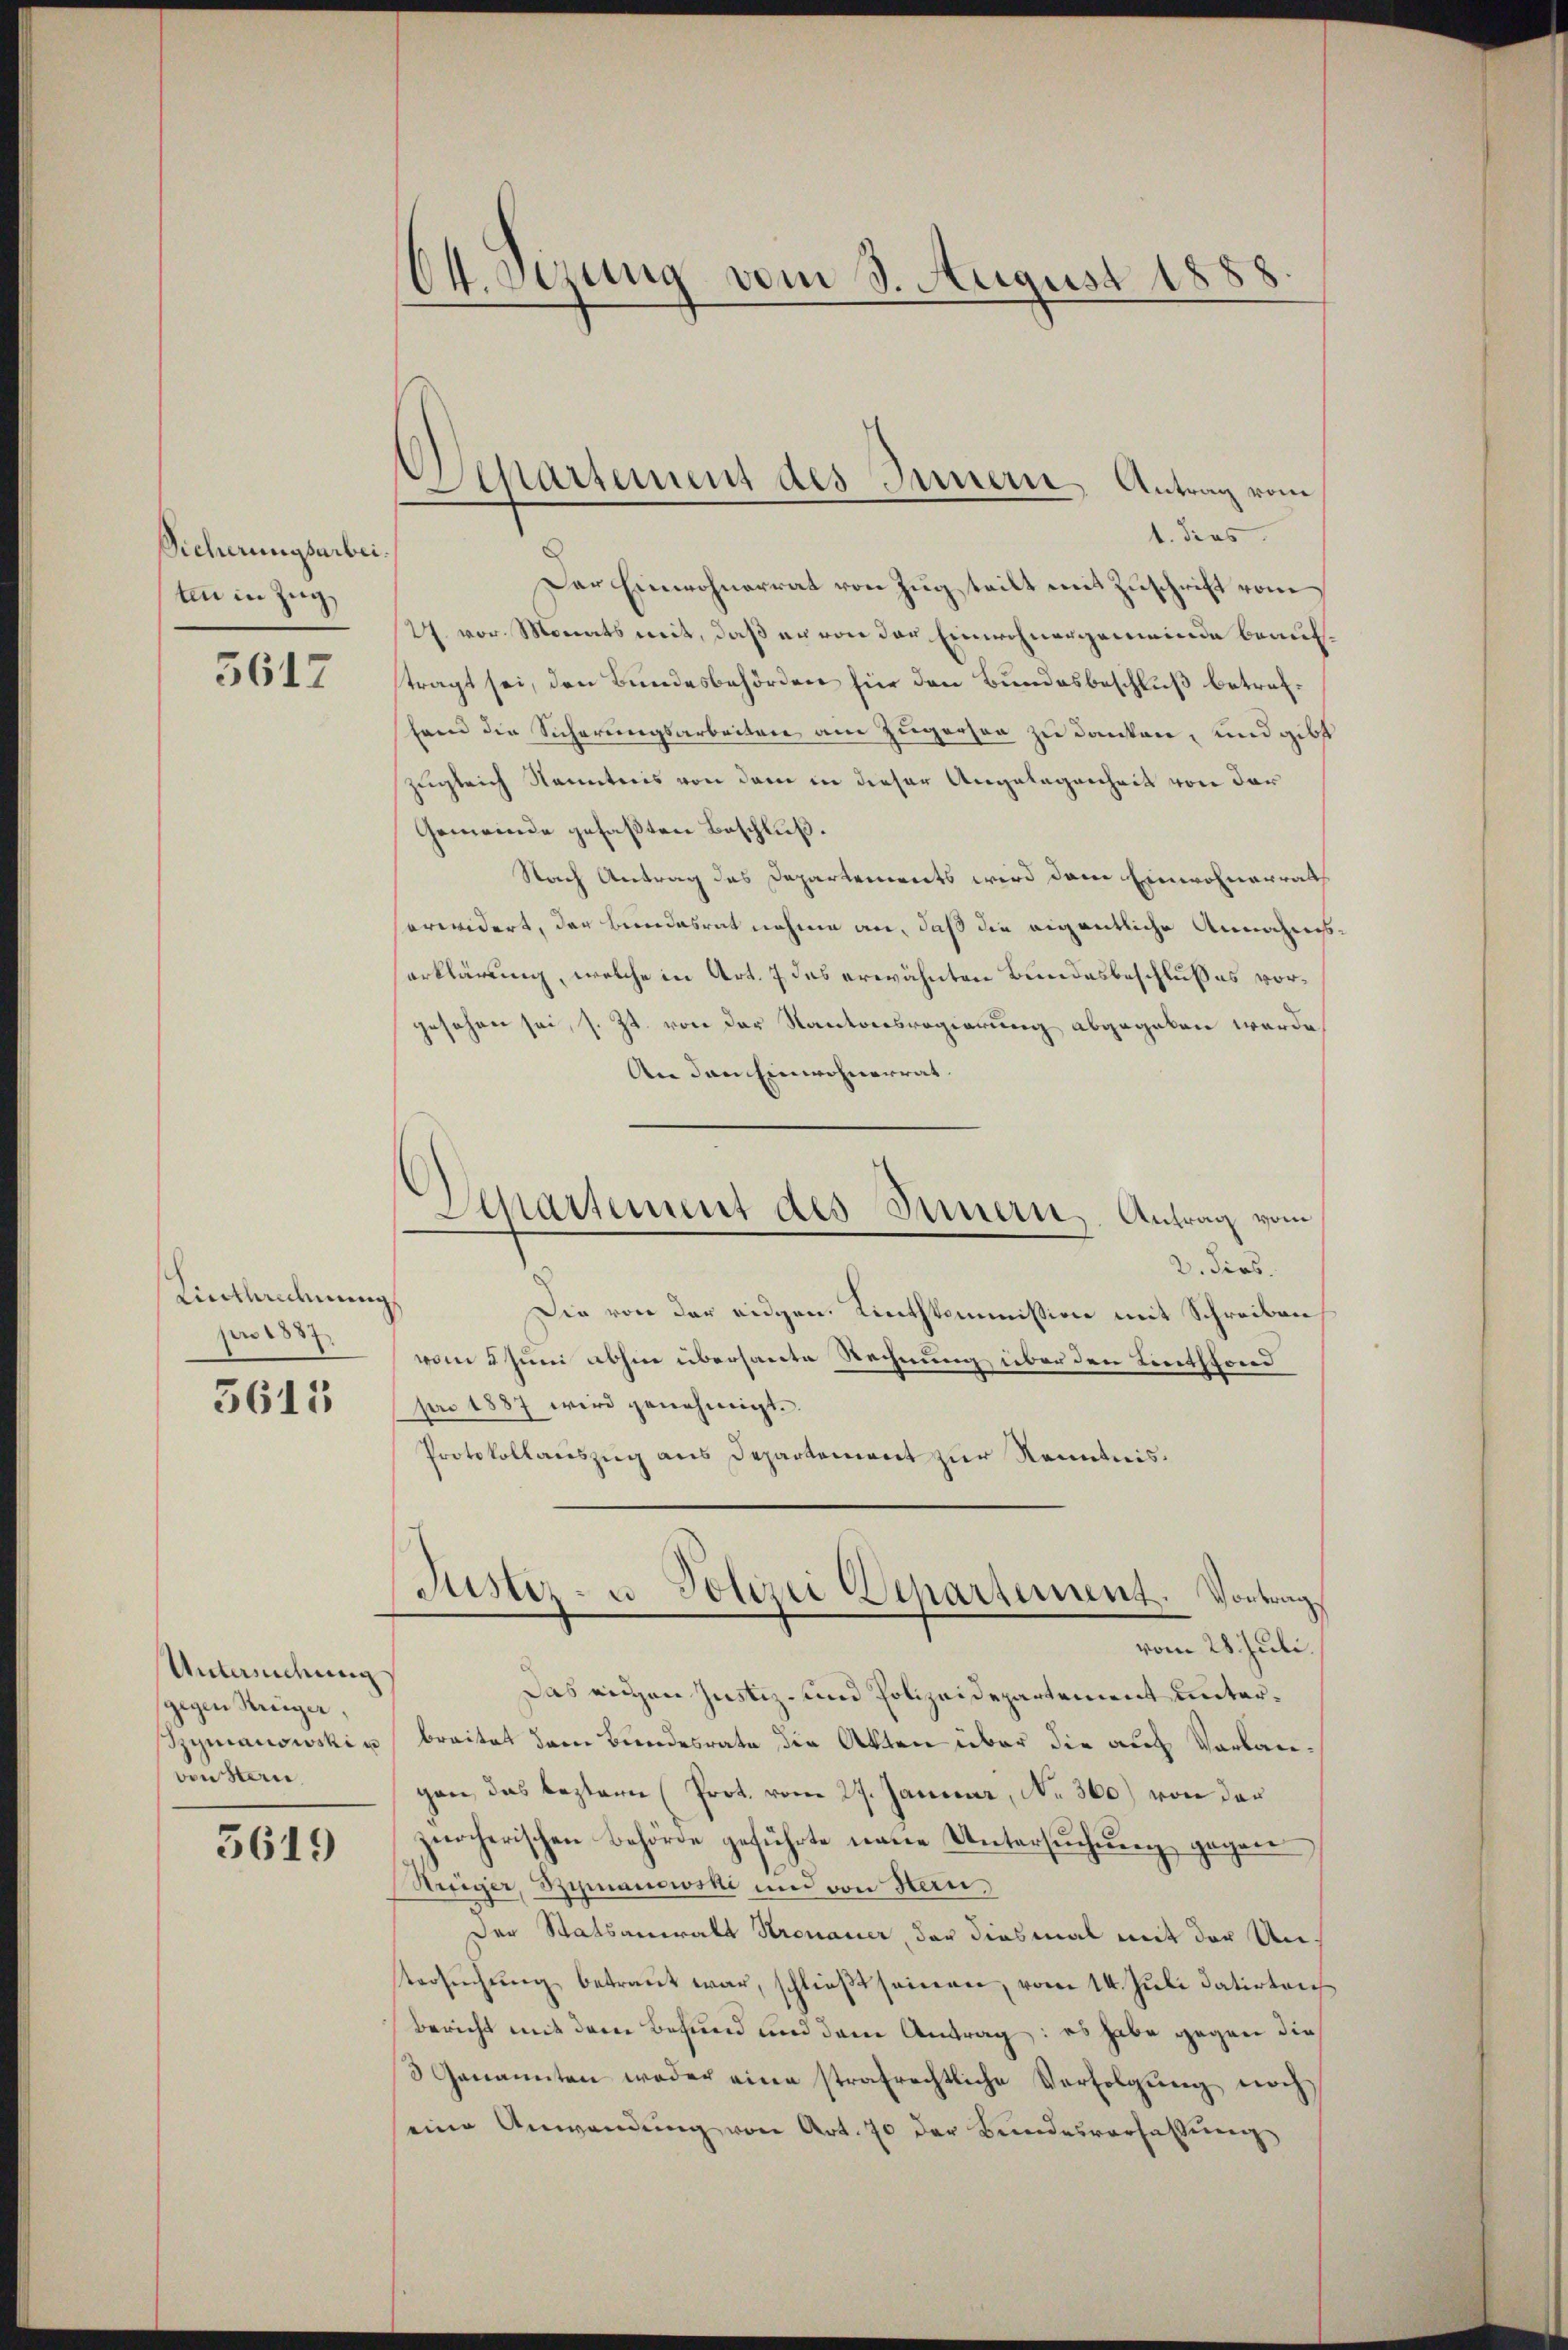
Sicherungsarbei.
ten in Zug,

5617

Linthrechnung
pro 1887
5615

Anteilung
gegen Religer,
Zymanowski u
von Stern,

5619

Ot. sezung vom 3. August 1888.

Alkartement des Innern, Antrag vom

1. dies
Der Einwohnerrat von Zug teilt mit Zuschrift vom
27 vor. Monats weit, daß er von der Einwohnergemeinde beauftragt sei, den Bundesbehörden für den Bundesbeschluß betrefhem die Sicherungsarbeiten am Zugerson zu danken, und gibt
zugleich Kenntnis von dem in dieser Angelegenheit von der
Gemeinde gefaßten Beschluß.
Nach Antrag des Departements wird dem Einwohnerrath
erwidert, der Bundesrat nehme an, daß die eigentliche Annahmserklärung, welche in Art. 7 des erwähnten Bundesbeschlußes vorgesehen sei, s. Zt. von der Kantonsregierung abgegeben werde
An den Einwohnerrat.
2. dies.
Die von der eidgen. Linthkommission mit Schreiben
vom 2 Juni abhin überhaute Rechnung über den Lentsfond
pro 1887 wird genehmigt.
Protokollauszug aus Departement zur Kenntnis¬
Justiz- u Polizei Departement. Vortrag
vom 28. Juli.
Das eigen Justiz- und Polizeidepartement unterbreitet dem Bundesrate die Akten über die auch Verbaugen das bestern (Prot. vom 27. Janisar, No 360.) von der
zürcherischen Behörde geführte neue Untersuchung gegene
Hreiger, Szymanowski und von Hern.
Der Statsanwalt Kronauer, der diesmal mit der Untersŭchŭng betraut war, schließt seinen, vom 14. Juli datirten
Bericht mit dem Befund und dem Antrag: es habe gegen die
3 Genannten weder eine strafrechtliche Verfolgŭng noch
eine Anwendŭng von Art. 70 der Bundesverhaltung

Separtement des Innern, Antrag vom